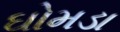
ઘોમડા